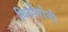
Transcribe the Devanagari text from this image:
थियोगोनी